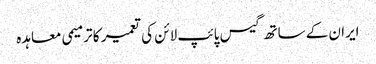
ایران کے ساتھ گیس پائپ لائن کی تعمیر کا ترمیمی معاہدہ